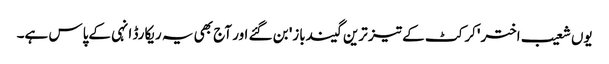
یوں شعیب اختر 'کرکٹ کے تیز ترین گیندباز' بن گئے اور آج بھی یہ ریکارڈ انہی کےپاس ہے۔